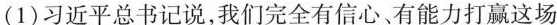
(1)习近平总书记说，我们完全有信心、有能力打赢这场